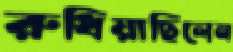
রুধিয়াছিলেন